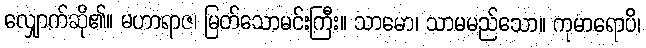
လျှောက်ဆို၏။ မဟာရာဇ၊ မြတ်သောမင်းကြီး။ သာမော၊ သာမမည်သော။ ကုမာရောပိ၊